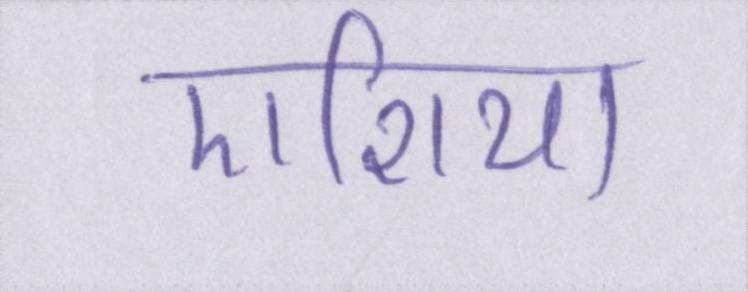
एशिया